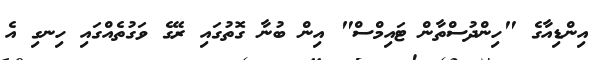
އިންޑިއާގެ "ހިންދުސްތާން ޓައިމްސް" އިން ބުނާ ގޮތުގައި ރޭގެ ވަގުތެއްގައި ހިިނގި އެ